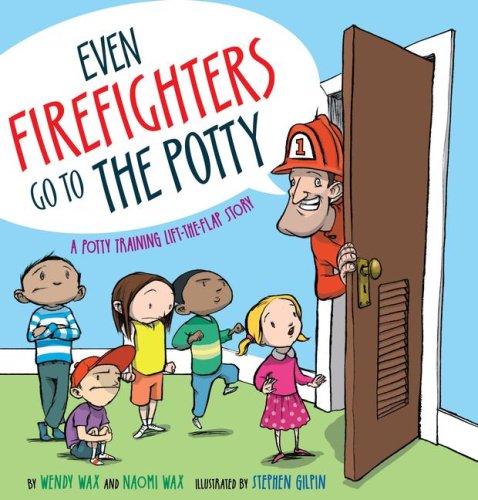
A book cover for Even Firefighters Go to the Potty: A Potty Training Lift-the-Flap Story; Wendy Wax; Children's Books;